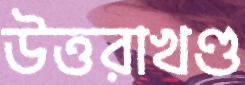
উত্তরাখণ্ড